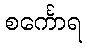
စင်္ကောရ